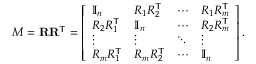
M = \mathbf { R } \mathbf { R } ^ { \mathsf { T } } = \left[ \begin{array} { l l l l } { \mathbb { I } _ { n } } & { R _ { 1 } R _ { 2 } ^ { \mathsf { T } } } & { \cdots } & { R _ { 1 } R _ { m } ^ { \mathsf { T } } } \\ { R _ { 2 } R _ { 1 } ^ { \mathsf { T } } } & { \mathbb { I } _ { n } } & { \cdots } & { R _ { 2 } R _ { m } ^ { \mathsf { T } } } \\ { \vdots } & { \vdots } & { \ddots } & { \vdots } \\ { R _ { m } R _ { 1 } ^ { \mathsf { T } } } & { R _ { m } R _ { 2 } ^ { \mathsf { T } } } & { \cdots } & { \mathbb { I } _ { n } } \end{array} \right] .